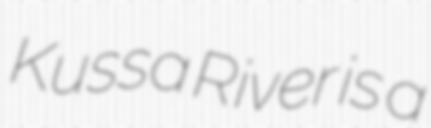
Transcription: Kussa River is a